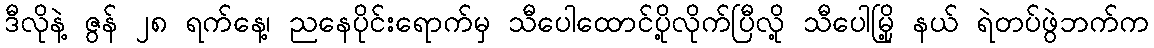
ဒီလိုနဲ့ ဇွန် ၂၈ ရက်နေ့၊ ညနေပိုင်းရောက်မှ သီပေါထောင်ပို့လိုက်ပြီလို့ သီပေါမြို့ နယ် ရဲတပ်ဖွဲဘက်က